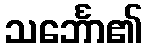
သင်္ဘော၏